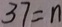
3 7 = n